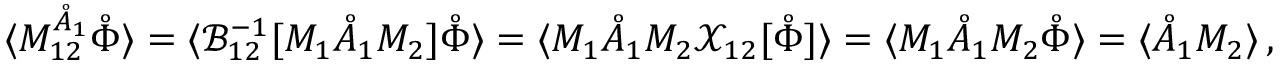
\langle M _ { 1 2 } ^ { \mathring { A } _ { 1 } } \mathring { \Phi } \rangle = \langle { \mathcal { B } } _ { 1 2 } ^ { - 1 } [ M _ { 1 } \mathring { A } _ { 1 } M _ { 2 } ] \mathring { \Phi } \rangle = \langle M _ { 1 } \mathring { A } _ { 1 } M _ { 2 } { \mathcal { X } } _ { 1 2 } [ \mathring { \Phi } ] \rangle = \langle M _ { 1 } \mathring { A } _ { 1 } M _ { 2 } \mathring { \Phi } \rangle = \langle \mathring { A } _ { 1 } M _ { 2 } \rangle \, ,